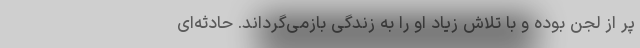
پر از لجن بوده و با تلاش زیاد او را به زندگی بازمی‌گرداند. حادثه‌ای